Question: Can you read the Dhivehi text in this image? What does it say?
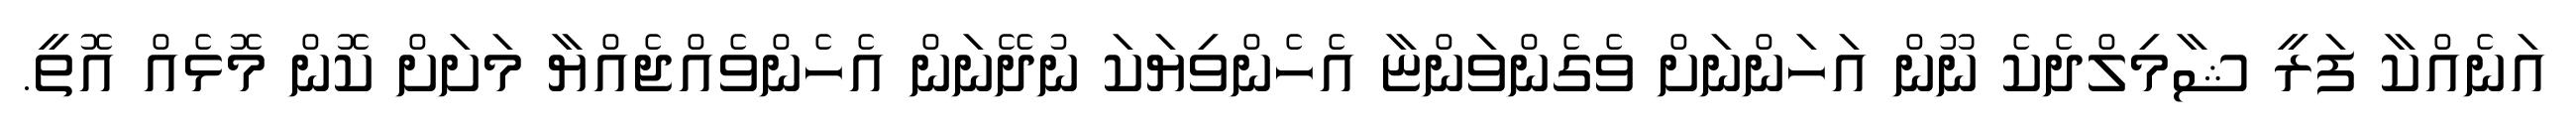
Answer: އަނެއްކާ ފަރީ ޝާމިލްދެކެ ނޫން އަހަންނަށް ވެގެންވަންޏާ އެހެންވިޔަކަ ނުދޭނަން އެހެންވެއްޖެއްޔާ މަށަށް ކޮން މޮޅެއް އޮތީ.